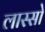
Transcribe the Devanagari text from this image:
लास्सो